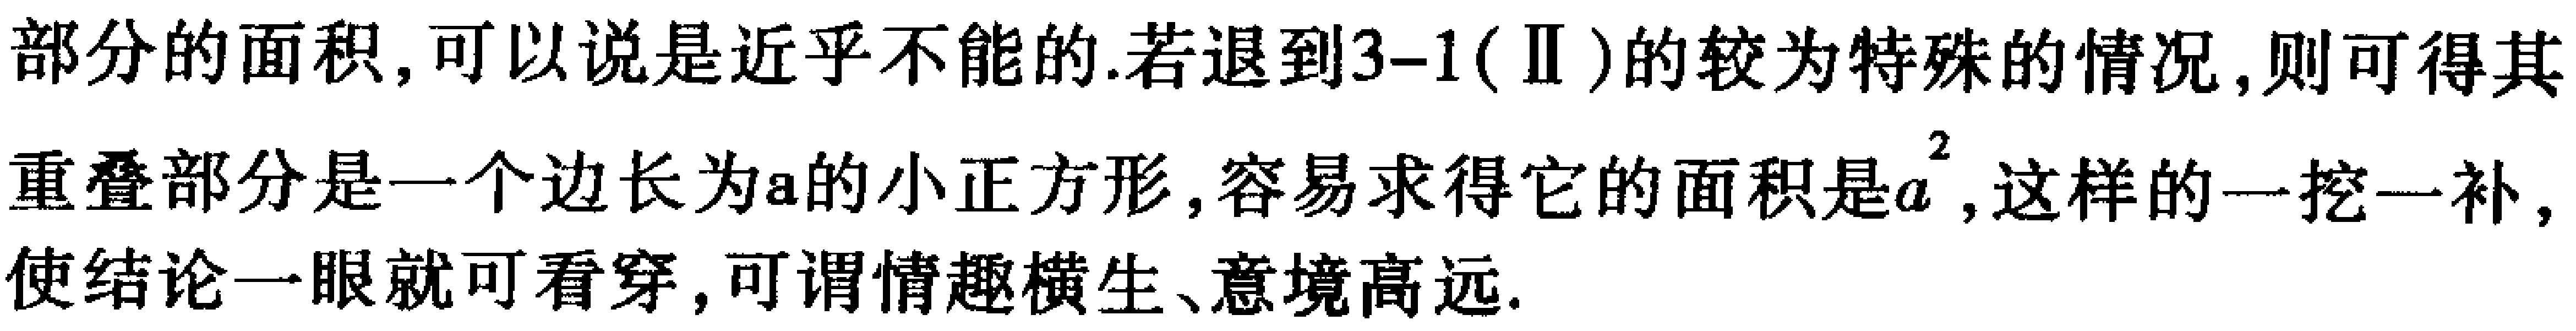
部分的面积,可以说是近乎不能的.若退到3--1(Ⅱ)的较为特殊的情况,则可得其
重叠部分是一个边长为\(a\)的小正方形,容易求得它的面积是\(a^{2}\),这样的一挖一补,
使结论一眼就可看穿,可谓情趣横生、意境高远.